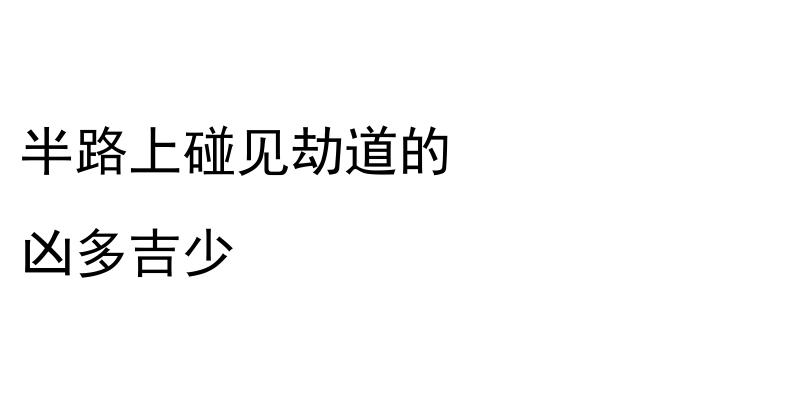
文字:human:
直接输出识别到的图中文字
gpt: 半路上碰见劫道的 凶多吉少